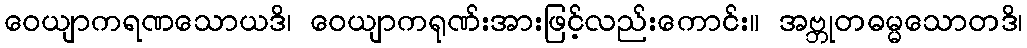
ဝေယျာကရဏသောယဒိ၊ ဝေယျာကရုဏ်းအားဖြင့်လည်းကောင်း။ အဗ္ဘုတဓမ္မသောတဒိ၊